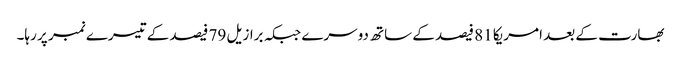
بھارت کے بعد امریکا 81 فیصد کے ساتھ دوسرے جبکہ برازیل 79 فیصد کے تیسرے نمبر پر رہا۔